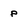
Character: p